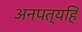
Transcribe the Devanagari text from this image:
अनपत्यहि